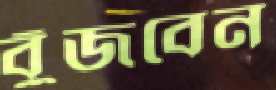
বুঁজবেন